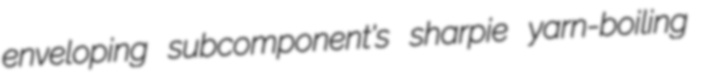
enveloping subcomponent's sharpie yarn-boiling